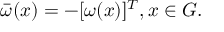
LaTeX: \bar { \omega } ( x ) = - [ \omega ( x ) ] ^ { T } , x \in { \cal G } .